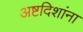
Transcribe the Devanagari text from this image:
अष्टदिशांना